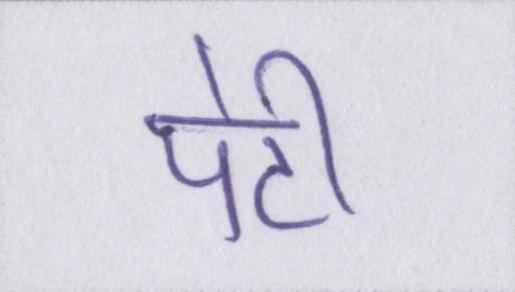
पेटी